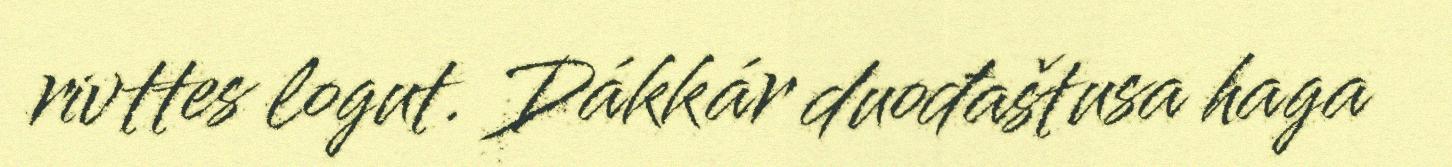
rivttes logut. Dákkár duođaštusa haga